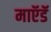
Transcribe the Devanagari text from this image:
माऍडॅ